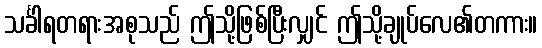
သင်္ခါရတရားအစုသည် ဤသို့ဖြစ်ပြီးလျှင် ဤသို့ချုပ်လေ၏တကား။